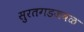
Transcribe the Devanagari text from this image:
सुरतगडजवळ